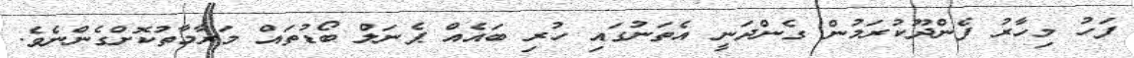
ފަހު މިހާރު ފެންދޫކުރަމުން ގެންދަނީ އެތަނުގައި ހުރި ބައެއް ޕެނަލް ބޯޑުތައް މަރާމާތުކޮށްގެންނެވެ.